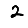
Digit: 2